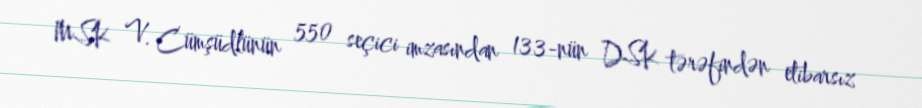
MSK V. Cümşüdlünün 550 seçici imzasından 133-nün DSK tərəfindən etibarsız